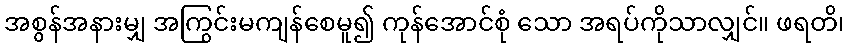
အစွန်အနားမျှ အကြွင်းမကျန်စေမူ၍ ကုန်အောင်စုံ သော အရပ်ကိုသာလျှင်။ ဖရတိ၊